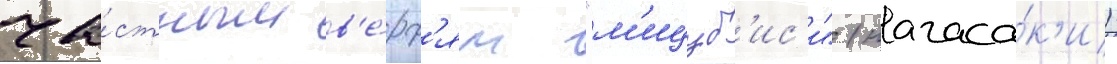
ча́стным в'е́рф'ям "м'ицуб'ис'и" (нагаса́к'и)